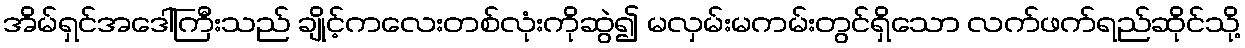
အိမ်ရှင်အဒေါ်ကြီးသည် ချိုင့်ကလေးတစ်လုံးကိုဆွဲ၍ မလှမ်းမကမ်းတွင်ရှိသော လက်ဖက်ရည်ဆိုင်သို့